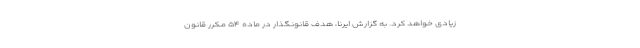
زیادی خواهد کرد. به گزارش ایرنا، هدف قانونگذار در ماده ۵۴ مکرر قانون